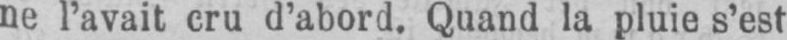
ne l’avait cru d’abord. Quand la pluie s’est